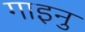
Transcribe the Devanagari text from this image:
गाइनु